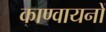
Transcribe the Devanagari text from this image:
काण्वायनों